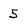
Character: 5